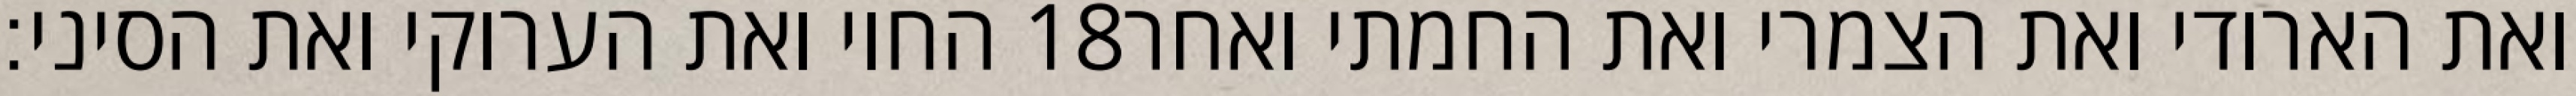
החוי ואת הערוקי ואת הסיני׃ ‎18‏ ואת הארודי ואת הצמרי ואת החמתי ואחר